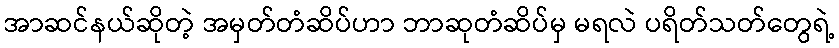
အာဆင်နယ်ဆိုတဲ့ အမှတ်တံဆိပ်ဟာ ဘာဆုတံဆိပ်မှ မရလဲ ပရိတ်သတ်တွေရဲ့